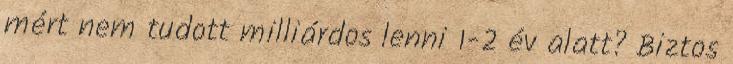
mért nem tudott milliárdos lenni 1-2 év alatt? Biztos